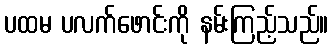
ပထမ ပလက်ဖောင်းကို နမ်းကြည့်သည်။